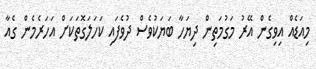
މިއަޑެއް އިވިގެން އޭރު މަގުމަތިން ދިޔަހާ ބަޔަކުވެސް ދުވެފައި ކަހަލަގޮތަކަށް އަހަރެމެން ގެއާ